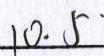
1 0 . 5